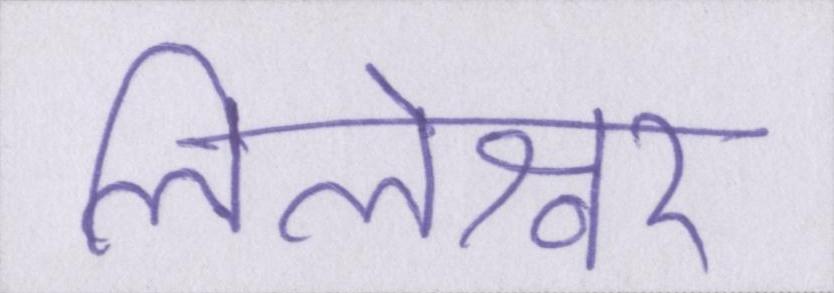
लिलेश्वर